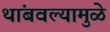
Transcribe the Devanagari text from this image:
थांबवल्यामुळे